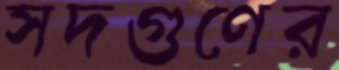
সদগুণের